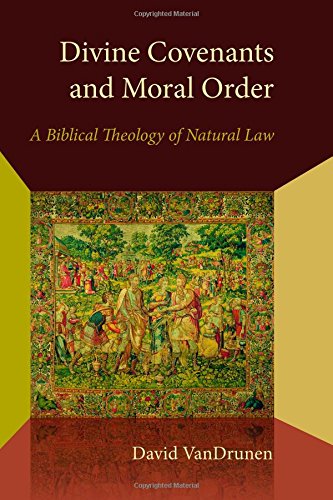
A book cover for Divine Covenants and Moral Order: A Biblical Theology of Natural Law (Emory University Studies in Law and Religion); David VanDrunen; Law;